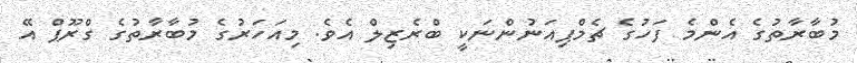
މުބާރާތުގެ އެންމެ ފަހުގެ ޗެމްޕިއަނުންނަކީ ބްރެޒިލް އެވެ. މިއަހަރުގެ މުބާރާތުގެ ގްރޫޕް އޭ